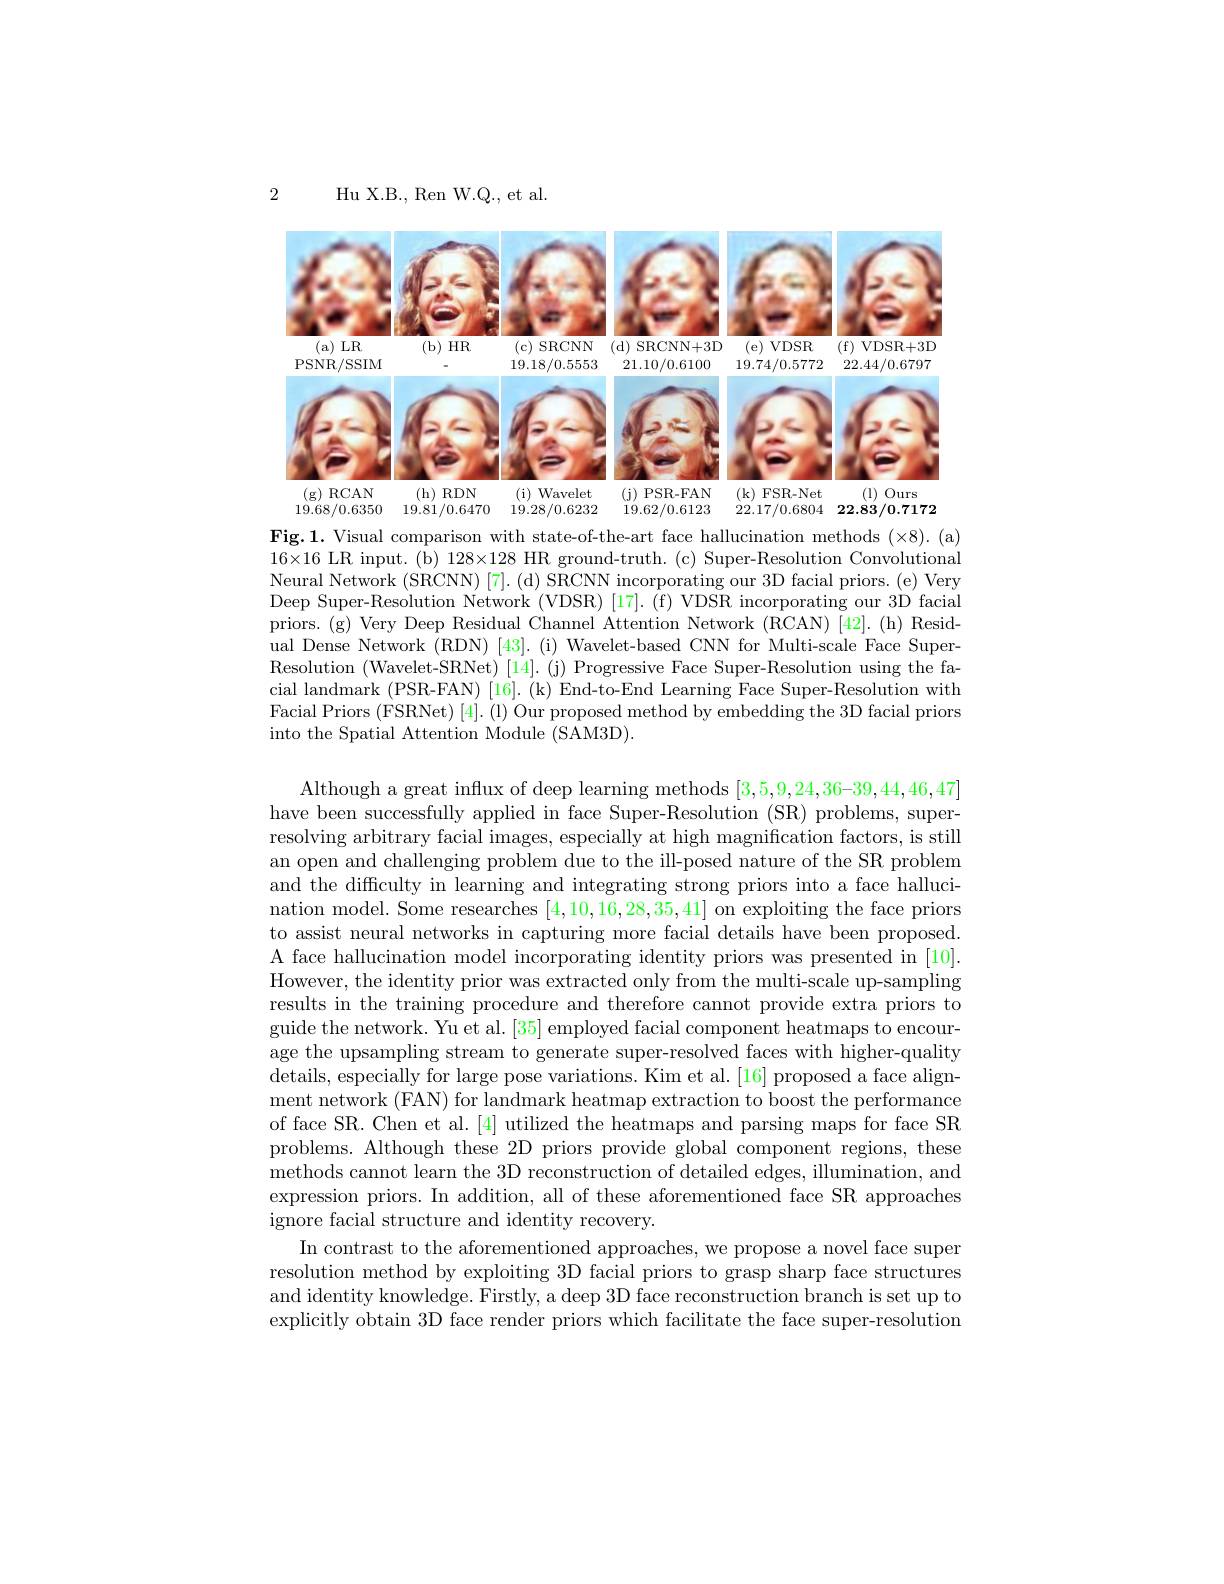
2

Hu X. B. , Ren W. Q. , et al.

<FigureHere>

Fig.1.Visual comparison with state-of-the-art face hallucination methods (×8).(a) $16\times16$ LR input.(b) 128×128 HR ground-truth.(c) Super-Resolution Convolutional Neural Network $(\dot{\mathrm{SRCNN}})[7].($d$)\mathop{\mathrm{SRCNN~incorporating~our~3D~facial~priors.~(e)~Very}}$ Deep Super-Resolution Network (VDSR) [17]. (f) VDSR incorporating our 3D facial priors.(g) Very Deep Residual Channel Attention Network (RCAN) [42].(h) Residual Dense Network (RDN) [43]. (i) Wavelet-based CNN for Multi-scale Face SuperResolution (Wavelet-SRNet) [14]. (j) Progressive Face Super-Resolution using the facial landmark (PSR-FAN) [16]. (k) End-to-End Learning Face Super-Resolution with Facial Priors (FSRNet) [4]. (l) Our proposed method by embedding the 3D facial priors into the Spatial Attention Module (SAM3D).

Although a great influx of deep learning methods [3,5,9,24,36-39,44,46,47] have been successfully applied in face Super-Resolution (SR) problems, superresolving arbitrary facial images, especially at high magnification factors, is still an open and challenging problem due to the ill-posed nature of the SR problem and the difficulty in learning and integrating strong priors into a face hallucination model. Some researches [4,10,16,28,35,41] on exploiting the face priors to assist neural networks in capturing more facial details have been proposed. A face hallucination model incorporating identity priors was presented in [10]. However, the identity prior was extracted only from the multi-scale up-sampling results in the training procedure and therefore cannot provide extra priors to guide the network. Yu et al. [35] employed facial component heatmaps to encourage the upsampling stream to generate super-resolved faces with higher-quality details, especially for large pose variations. Kim et al. [16] proposed a face alignment network (FAN) for landmark heatmap extraction to boost the performance of face SR. Chen et al.[4] utilized the heatmaps and parsing maps for face SR problems. Although these 2D priors provide global component regions, these methods cannot learn the 3D reconstruction of detailed edges, illumination, and expression priors. In addition, all of these aforementioned face SR approaches ignore facial structure and identity recovery.
In contrast to the aforementioned approaches, we propose a novel face super resolution method by exploiting 3D facial priors to grasp sharp face structures and identity knowledge. Firstly, a deep 3D face reconstruction branch is set up to explicitly obtain 3D face render priors which facilitate the face super-resolution